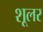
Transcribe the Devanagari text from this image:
शूलर